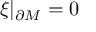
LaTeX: \xi \vert _ { \partial { \cal M } } = 0